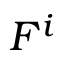
F ^ { i }